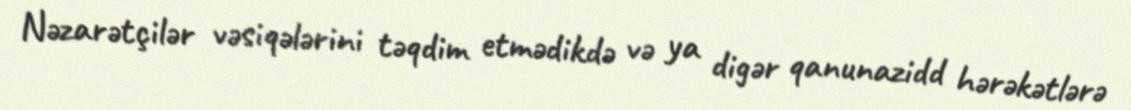
Nəzarətçilər vəsiqələrini təqdim etmədikdə və ya digər qanunazidd hərəkətlərə